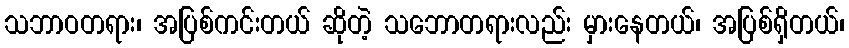
သဘာဝတရား၊ အပြစ်ကင်းတယ် ဆိုတဲ့ သဘောတရားလည်း မှားနေတယ်၊ အပြစ်ရှိတယ်၊